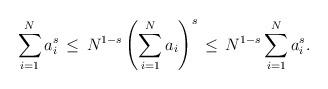
LaTeX: \begin{align*}\sum_{i=1}^Na_i^{s}\,\leq\,N^{1-s}\left(\sum_{i=1}^Na_i\right)^{s}\,\leq\,N^{1-s}\sum_{i=1}^Na_i^{s}.\end{align*}